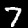
Digit: 7